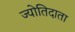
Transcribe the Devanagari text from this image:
ज्योतिदाता